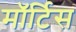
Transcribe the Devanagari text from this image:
मॉर्टिस